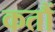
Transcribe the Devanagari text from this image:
कतौं